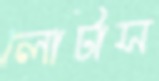
লোটাস